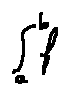
\int \limits _ { a } ^ { b } f